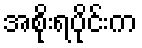
အစိုးရပိုင်းက